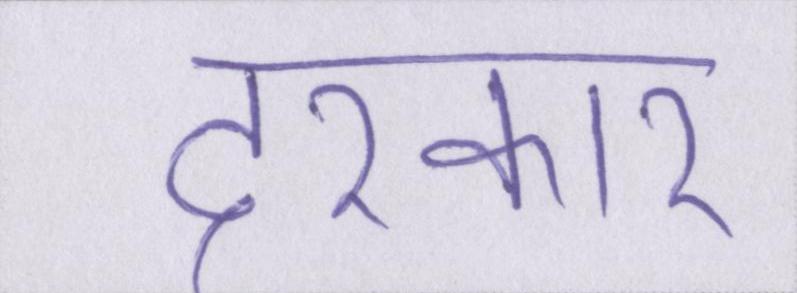
दरकार